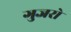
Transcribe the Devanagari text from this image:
गुजरो